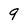
Character: 9